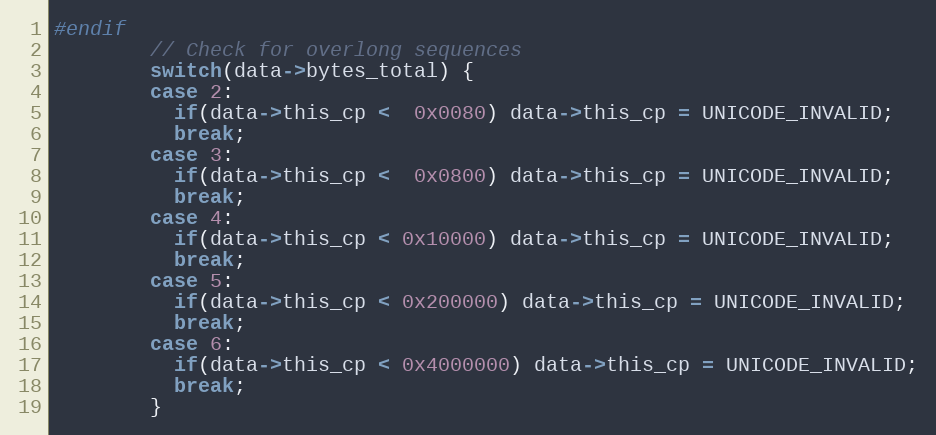
Language: C
#endif
        // Check for overlong sequences
        switch(data->bytes_total) {
        case 2:
          if(data->this_cp <  0x0080) data->this_cp = UNICODE_INVALID;
          break;
        case 3:
          if(data->this_cp <  0x0800) data->this_cp = UNICODE_INVALID;
          break;
        case 4:
          if(data->this_cp < 0x10000) data->this_cp = UNICODE_INVALID;
          break;
        case 5:
          if(data->this_cp < 0x200000) data->this_cp = UNICODE_INVALID;
          break;
        case 6:
          if(data->this_cp < 0x4000000) data->this_cp = UNICODE_INVALID;
          break;
        }